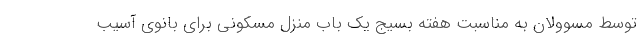
توسط مسوولان به مناسبت هفته بسیج یک باب منزل مسکونی برای بانوی آسیب